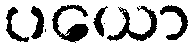
ပယော